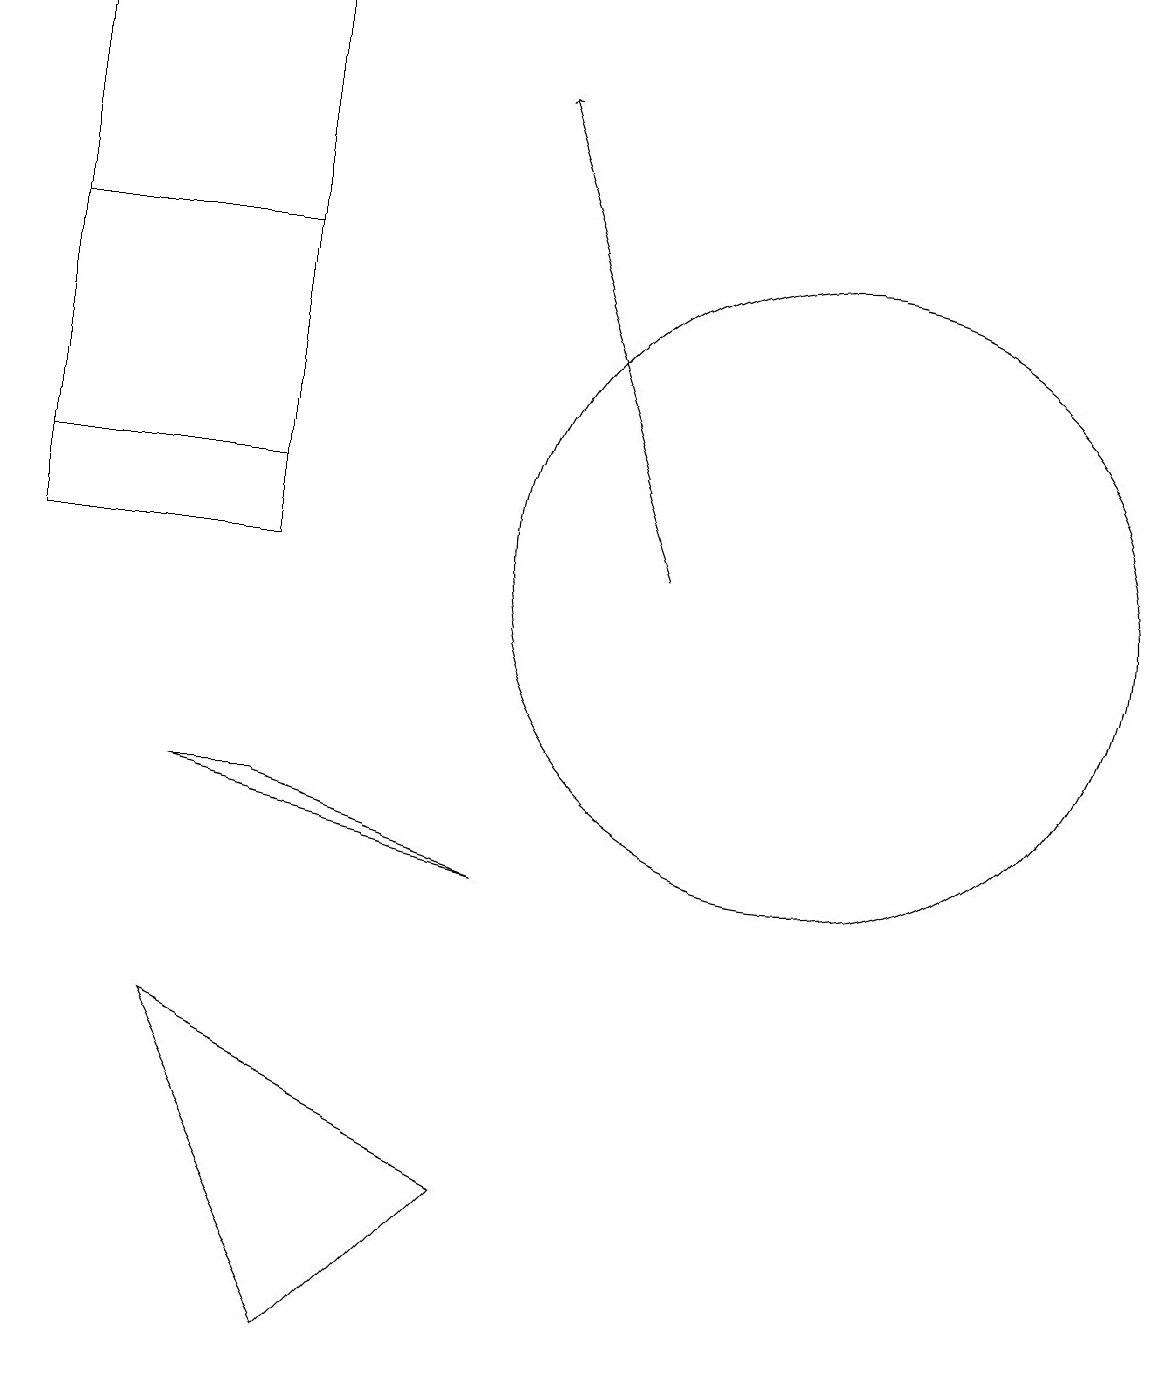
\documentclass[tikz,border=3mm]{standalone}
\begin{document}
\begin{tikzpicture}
\draw (10,12) circle (4);
\draw (3,16) rectangle (0,12);
\draw[->] (8,12) -- (6,18);
\draw (3,9) -- (2,9) -- (6,8) -- cycle;
\draw (2,6) -- (6,4) -- (4,2) -- cycle;
\draw (0,13) rectangle (3,19);
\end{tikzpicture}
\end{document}